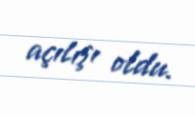
açılışı oldu.